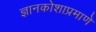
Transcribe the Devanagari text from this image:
ज्ञानकोशाप्रमाणे